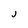
Character: J